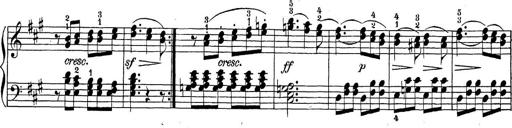
Title: Sonatina Album
Composer: Louis KÃ¶hler